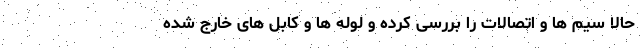
حالا سیم ها و اتصالات را بررسی کرده و لوله ها و کابل های خارج شده